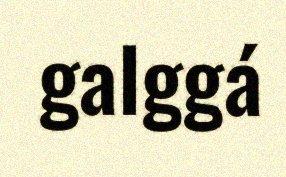
galggá